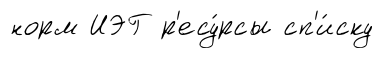
норм ИЭГ р'есу́рсы сп'и́ску